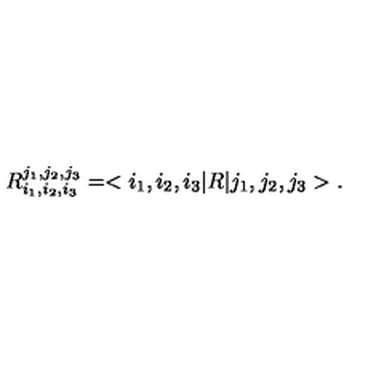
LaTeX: R _ { i _ { 1 } , i _ { 2 } , i _ { 3 } } ^ { j _ { 1 } , j _ { 2 } , j _ { 3 } } = < i _ { 1 } , i _ { 2 } , i _ { 3 } | R | j _ { 1 } , j _ { 2 } , j _ { 3 } > .